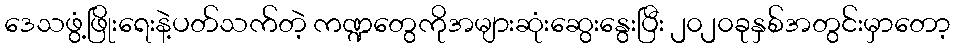
ဒေသဖွံ့ဖြိုးရေးနဲ့ပတ်သက်တဲ့ ကဏ္ဍတွေကိုအများဆုံးဆွေးနွေးပြီး ၂၀၂၀ခုနှစ်အတွင်းမှာတော့